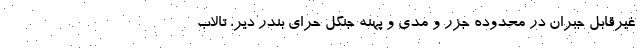
غیرقابل جبران در محدوده جزر و مدی و پهنه جنگل حرای بندر دیر، تالاب